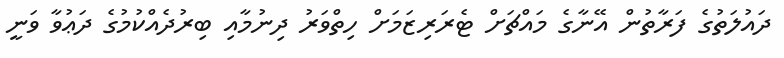
ދައުލަތުގެ ފަރާތުން އޭނާގެ މައްޗަށް ޓެރަރިޒަމަށް ހިތްވަރު ދިނުމާއި ބިރުދެއްކުމުގެ ދަޢުވާ ވަނީ